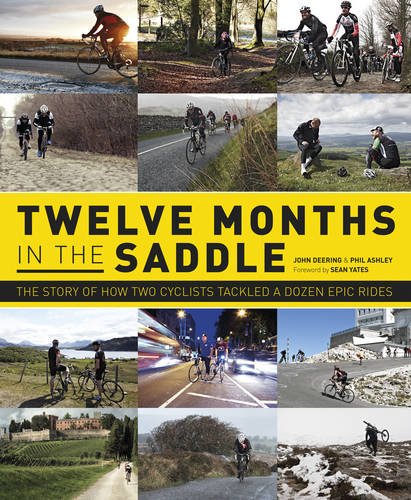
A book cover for Twelve Months in the Saddle; John Deering; Travel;